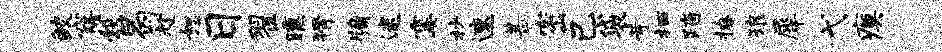
鲛窿彀曷趁恕日翟曛猾牖迷霎杪速甚密己袋苛栖踏撩琅犀弋瘼